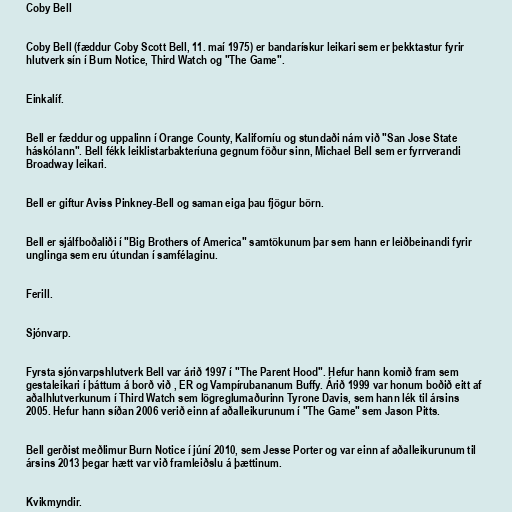
Coby Bell

Coby Bell (fæddur Coby Scott Bell, 11. maí 1975) er bandarískur leikari sem er þekktastur fyrir
hlutverk sín í Burn Notice, Third Watch og "The Game".

Einkalíf.

Bell er fæddur og uppalinn í Orange County, Kaliforníu og stundaði nám við "San Jose State
háskólann". Bell fékk leiklistarbakteríuna gegnum föður sinn, Michael Bell sem er fyrrverandi
Broadway leikari.

Bell er giftur Aviss Pinkney-Bell og saman eiga þau fjögur börn.

Bell er sjálfboðaliði í "Big Brothers of America" samtökunum þar sem hann er leiðbeinandi fyrir
unglinga sem eru útundan í samfélaginu.

Ferill.

Sjónvarp.

Fyrsta sjónvarpshlutverk Bell var árið 1997 í "The Parent Hood". Hefur hann komið fram sem
gestaleikari í þáttum á borð við , ER og Vampírubananum Buffy. Árið 1999 var honum boðið eitt af
aðalhlutverkunum í Third Watch sem lögreglumaðurinn Tyrone Davis, sem hann lék til ársins
2005. Hefur hann síðan 2006 verið einn af aðalleikurunum í "The Game" sem Jason Pitts.

Bell gerðist meðlimur Burn Notice í júní 2010, sem Jesse Porter og var einn af aðalleikurunum til
ársins 2013 þegar hætt var við framleiðslu á þættinum.

Kvikmyndir.